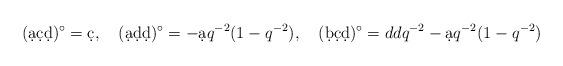
LaTeX: \begin{align*}(\d a \d c\d d)^\circ=\d c,\quad (\d a\d d\d d)^\circ=- \d aq^{-2}(1-q^{-2}),\quad(\d b \d c\d d)^\circ=ddq^{-2} - \d aq^{-2}(1-q^{-2})\end{align*}